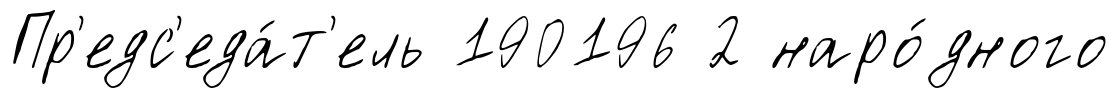
Пр'едс'еда́т'ель 190196 2 наро́дного